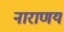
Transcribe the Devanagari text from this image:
नाराणय